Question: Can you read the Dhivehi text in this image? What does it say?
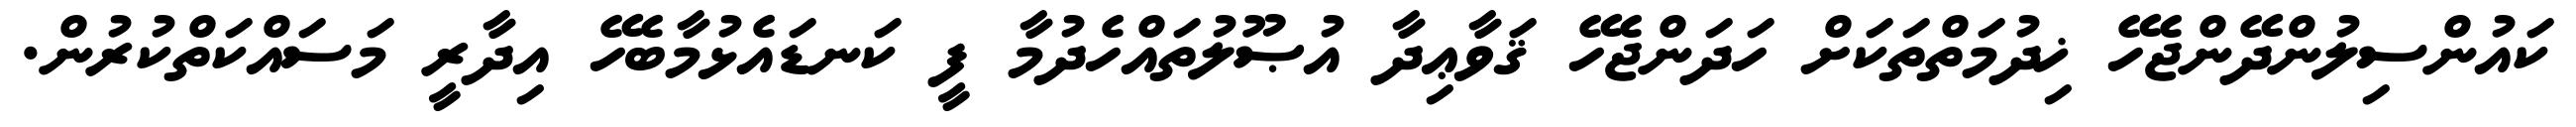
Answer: ކައުންސިލުންދޭންޖެހޭ ޚިދުމަތްތަކަށް ހަދަންޖެހޭ ޤަވާޢިދާ އުޞޫލުތައްހެދުމާ ފީ ކަނޑައެޅުމާބެހޭ އިދާރީ މަސައްކަތްކުރުން.